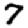
Digit: 7